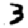
Digit: 3